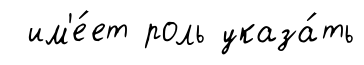
им'е́ет роль указа́ть